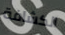
الكشافة